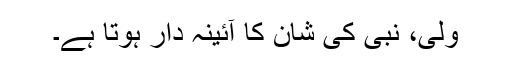
ولی، نبی کی شان کا آئینہ دار ہوتا ہے۔